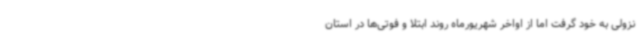
نزولی به خود گرفت اما از اواخر شهریورماه روند ابتلا و فوتی‌ها در استان